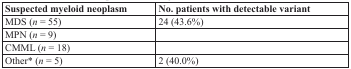
<table><thead><tr><td><b>Suspected myeloid neoplasm</b></td><td><b>No. patients with detectable variant</b></td></tr></thead><tbody><tr><td>MDS (<i>n</i> = 55)</td><td>24 (43.6%)</td></tr><tr><td>MPN (<i>n</i> = 9)</td><td>[EMPTY_CELL]</td></tr><tr><td>CMML (<i>n</i> = 18)</td><td>[EMPTY_CELL]</td></tr><tr><td>Other* (<i>n</i> = 5)</td><td>2 (40.0%)</td></tr></tbody></table>